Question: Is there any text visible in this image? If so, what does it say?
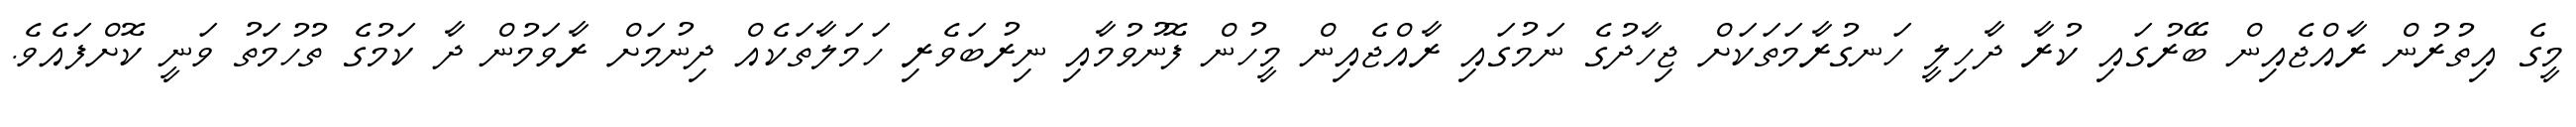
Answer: މީގެ އިތުރުން ރާއްޖެއިން ބޭރުގައި ކުރާ ދާހިލީ ހަނގުރާމަތަކަށް ޖިހާދުގެ ނަމުގައި ރާއްޖެއިން މީހުން ފޮނުވުމާއި ނިރުބަވެރި ހަމަލާތަކެއް ދިނުމަށް ރާވަމުން ދާ ކަމުގެ ތުހުމަތު ވަނީ ކޮށްފައެވެ.